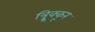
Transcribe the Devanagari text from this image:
त्र्र्र्रिक्कूर